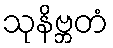
သုနိဗ္ဘတံ